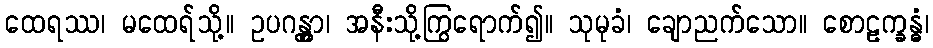
ထေရဿ၊ မထေရ်သို့။ ဥပဂန္တွာ၊ အနီးသို့ကြွရောက်၍။ သုမုခံ၊ ချောညက်သော။ စောဠက္ခန္ဓံ၊